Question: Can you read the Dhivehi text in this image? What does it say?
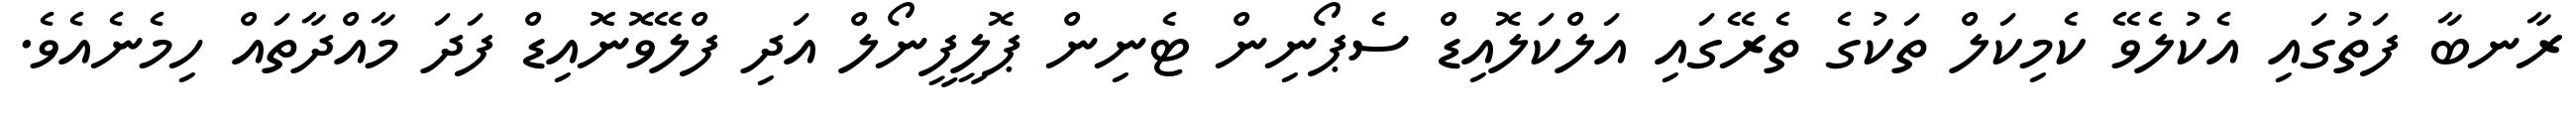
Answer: ރާނބާ ފަތުގައި އެކުލެވޭ ކެމިކަލް ތަކުގެ ތެރޭގައި އަލްކަލޮއިޑް ސެޕޯނިން ޓެނިން ޕޮލީފީނޯލް އަދި ފްލޭވޮނޮއިޑް ފަދަ މާއްދާތައް ހިމެނެއެވެ.